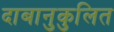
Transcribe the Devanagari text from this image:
दाबानुकुलित